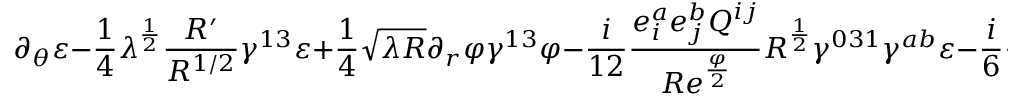
\partial _ { \theta } \varepsilon - { \frac { 1 } { 4 } } \lambda ^ { \frac { 1 } { 2 } } { \frac { R ^ { \prime } } { R ^ { 1 / 2 } } } \gamma ^ { 1 3 } \varepsilon + { \frac { 1 } { 4 } } \sqrt { \lambda R } \partial _ { r } \varphi \gamma ^ { 1 3 } \varphi - { \frac { i } { 1 2 } } { \frac { e _ { i } ^ { a } e _ { j } ^ { b } Q ^ { i j } } { R e ^ { \frac { \varphi } { 2 } } } } R ^ { \frac { 1 } { 2 } } \gamma ^ { 0 3 1 } \gamma ^ { a b } \varepsilon - { \frac { i } { 6 } } { \frac { e _ { a } ^ { i } e _ { b } ^ { j } P _ { i j } } { R e ^ { - { \frac { \varphi } { 2 } } } } } R ^ { \frac { 1 } { 2 } } \gamma ^ { 2 } \gamma ^ { a b } \varepsilon = 0 ,